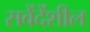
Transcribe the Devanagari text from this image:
सवेंदेंशील